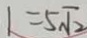
1 = 5 \sqrt { 2 }